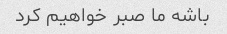
باشه ما صبر خواهیم کرد